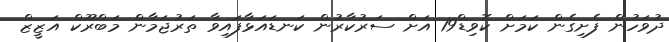
ދުވަހުން ފެށިގެން ކަމަށް ކޮވިޑް19 އަށް ސަރުކާރުން ކަނޑައަޅާފައިވާ ތަރުޖަމާން މަބްރޫކް އަޒީޒް